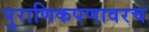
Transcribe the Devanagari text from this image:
पुराणिकपणावरच